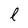
Character: l